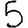
Digit: 5